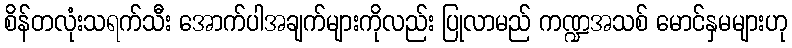
စိန်တလုံးသရက်သီး အောက်ပါအချက်များကိုလည်း ပြုလာမည် ကဏ္ဍအသစ် မောင်နှမများဟု